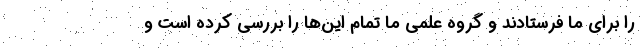
را برای ما فرستادند و گروه علمی ما تمام این‌ها را بررسی کرده است و